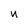
Character: n